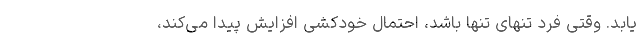
‌یابد. وقتی فرد تنهای تنها باشد، احتمال خودکشی افزایش پیدا می‌کند،